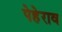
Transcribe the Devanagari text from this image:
पेहेराव